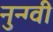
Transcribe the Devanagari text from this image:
नुन्ग्वी